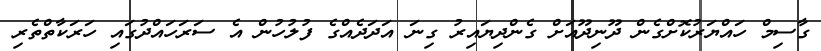
ގާސިމް ހައްޔަރުކޮށްގެން ދޫނިދޫއަށް ގެންދިޔައިރު ގިނަ އަދަދެއްގެ ފުލުހުން އެ ސަރަހައްދުގައި ހަރަކާތްތެރި